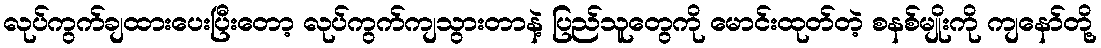
လုပ်ကွက်ချထားပေးပြီးတော့ လုပ်ကွက်ကျသွားတာနဲ့ ပြည်သူတွေကို မောင်းထုတ်တဲ့ စနစ်မျိုးကို ကျနော်တို့